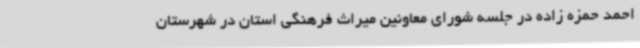
احمد حمزه زاده در جلسه شورای معاونین میراث فرهنگی استان در شهرستان